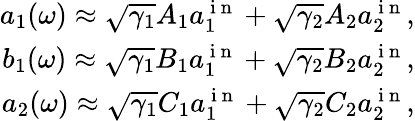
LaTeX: \begin{array}{r}{a_{1}(\omega)\approx\sqrt{\gamma_{1}}A_{1}a_{1}^{\mathrm{~i~n~}}+\sqrt{\gamma_{2}}A_{2}a_{2}^{\mathrm{~i~n~}},}\\ {b_{1}(\omega)\approx\sqrt{\gamma_{1}}B_{1}a_{1}^{\mathrm{~i~n~}}+\sqrt{\gamma_{2}}B_{2}a_{2}^{\mathrm{~i~n~}},}\\ {a_{2}(\omega)\approx\sqrt{\gamma_{1}}C_{1}a_{1}^{\mathrm{~i~n~}}+\sqrt{\gamma_{2}}C_{2}a_{2}^{\mathrm{~i~n~}},}\end{array}